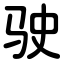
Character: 驶